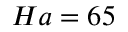
H a = 6 5